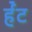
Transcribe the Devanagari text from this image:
र्हँट